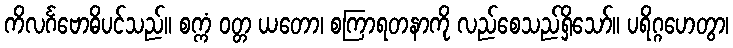
ကိလင်္ဂဗောဓိပင်သည်။ စက္ကံ ဝတ္တ ယတော၊ စကြာရတနာကို လည်စေသည်ရှိသော်။ ပရိဂ္ဂဟေတွာ၊